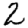
Digit: 2